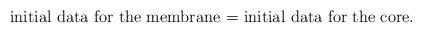
LaTeX: \begin{align*}\mbox{initial data for the membrane = initial data for the core.}\end{align*}